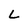
Character: L